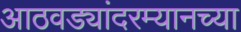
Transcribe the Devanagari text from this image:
आठवड्यांदरम्यानच्या